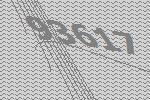
93617